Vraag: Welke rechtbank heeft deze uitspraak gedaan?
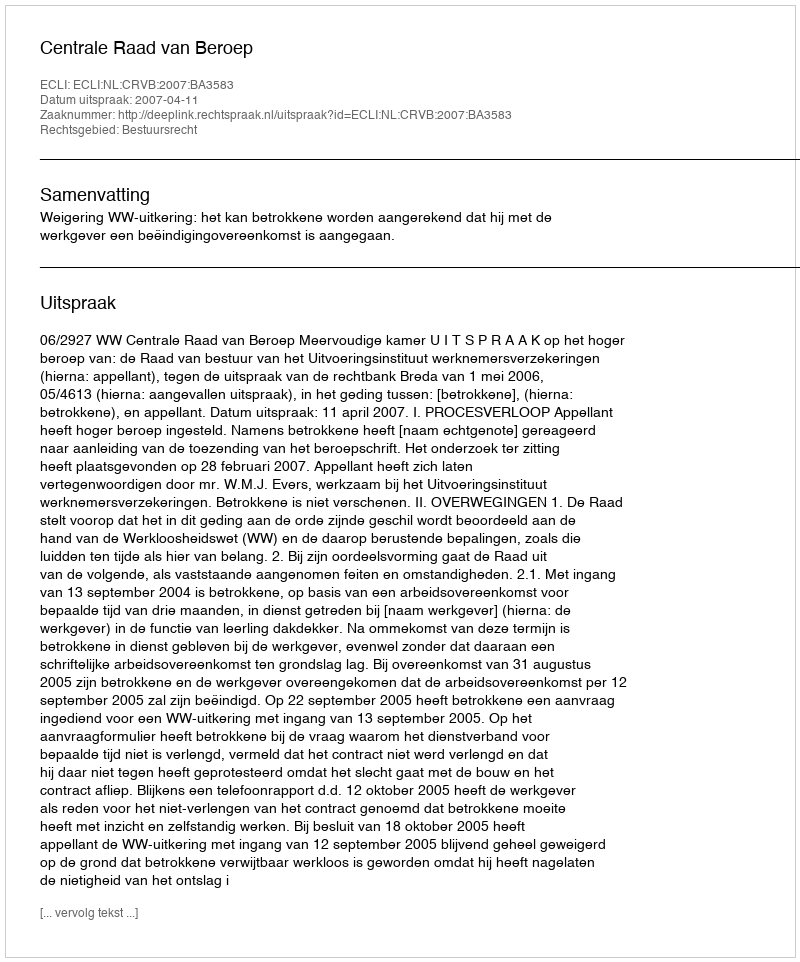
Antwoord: Centrale Raad van Beroep